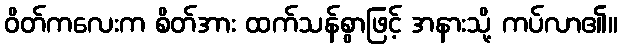
ဝိတ်ကလေးက စိတ်အား ထက်သန်စွာဖြင့် အနားသို့ ကပ်လာ၏။